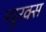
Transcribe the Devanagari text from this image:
म्यूरक्स